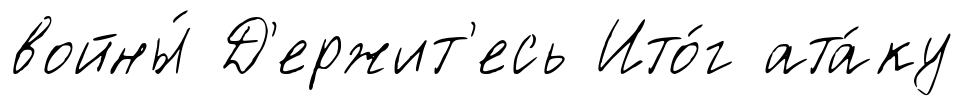
войны́ Д'ержит'есь Ито́г ата́ку